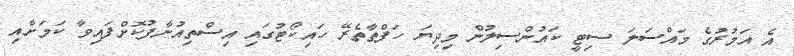
އެ އަމުރުގެ މައްސަލަ ސިޓީ ކައުންސިލުން މިދިޔަ ހަފްތާތެރޭ ހައިކޯޓުގައި އިސްތިއުނާފުކޮށްފައިވާ ކަމަށާއި